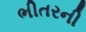
ભીતરની